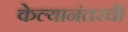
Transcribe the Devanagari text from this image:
केल्यानंतरची